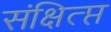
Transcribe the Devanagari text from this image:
संक्षित्प्त